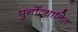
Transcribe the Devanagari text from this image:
पुर्नोत्थानित